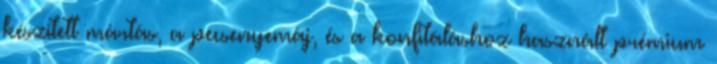
készített mártás, a pecsenyemáj, és a konfitáláshoz használt prémium